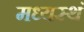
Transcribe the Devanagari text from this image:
मध्यस्थं